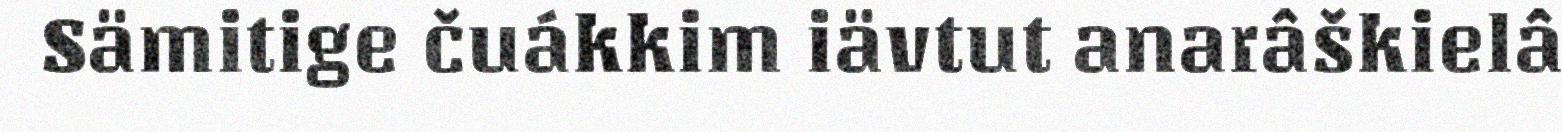
Sämitige čuákkim iävtut anarâškielâ